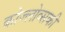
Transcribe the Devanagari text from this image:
कोज्लोव्सकी